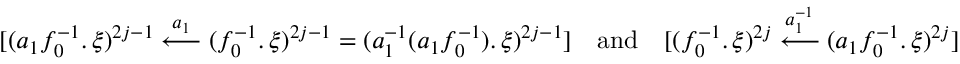
[ ( a _ { 1 } f _ { 0 } ^ { - 1 } . \, \xi ) ^ { 2 j - 1 } \overset { a _ { 1 } } { \longleftarrow } ( f _ { 0 } ^ { - 1 } . \, \xi ) ^ { 2 j - 1 } = ( a _ { 1 } ^ { - 1 } ( a _ { 1 } f _ { 0 } ^ { - 1 } ) . \, \xi ) ^ { 2 j - 1 } ] \quad \mathrm { a n d } \quad [ ( f _ { 0 } ^ { - 1 } . \, \xi ) ^ { 2 j } \overset { a _ { 1 } ^ { - 1 } } { \longleftarrow } ( a _ { 1 } f _ { 0 } ^ { - 1 } . \, \xi ) ^ { 2 j } ]